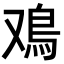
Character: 鳮